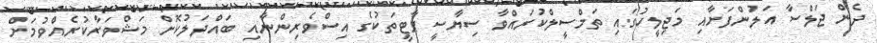
ދެން ޖަލްސާ އަލުންފަށާއި މަޖިލީހުގައި ތަމްސީލްކުރައްވާ ސިޔާސީ ޕާޓީތަކުގެ އިސްވެރިންނާއި ބައްދަލުކޮށް މަޝްވަރާކުރެއްވުމަށް